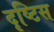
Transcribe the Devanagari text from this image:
दृष्टिस